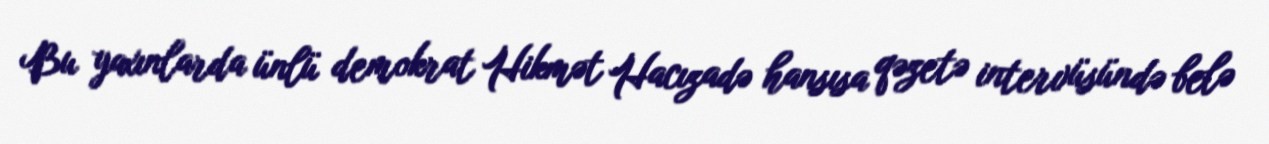
Bu yaxınlarda ünlü demokrat Hikmət Hacızadə hansısa qəzetə intervüsündə belə